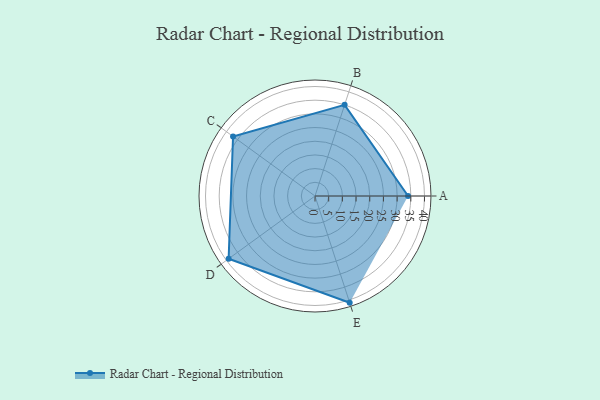
{"axis": {"x": "Skill", "y": "Score"}, "legend": ["Profile"], "data": [{"x": "A", "y": 34.0, "type": "Profile"}, {"x": "B", "y": 35.0, "type": "Profile"}, {"x": "C", "y": 37.0, "type": "Profile"}, {"x": "D", "y": 39.0, "type": "Profile"}, {"x": "E", "y": 41.0, "type": "Profile"}]}